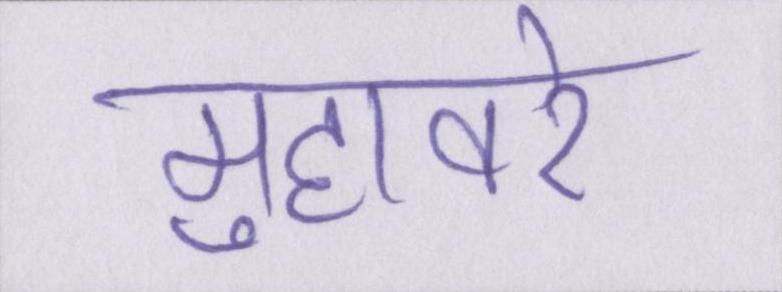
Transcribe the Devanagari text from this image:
मुहावरे